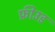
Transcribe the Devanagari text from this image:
फ्रीउड